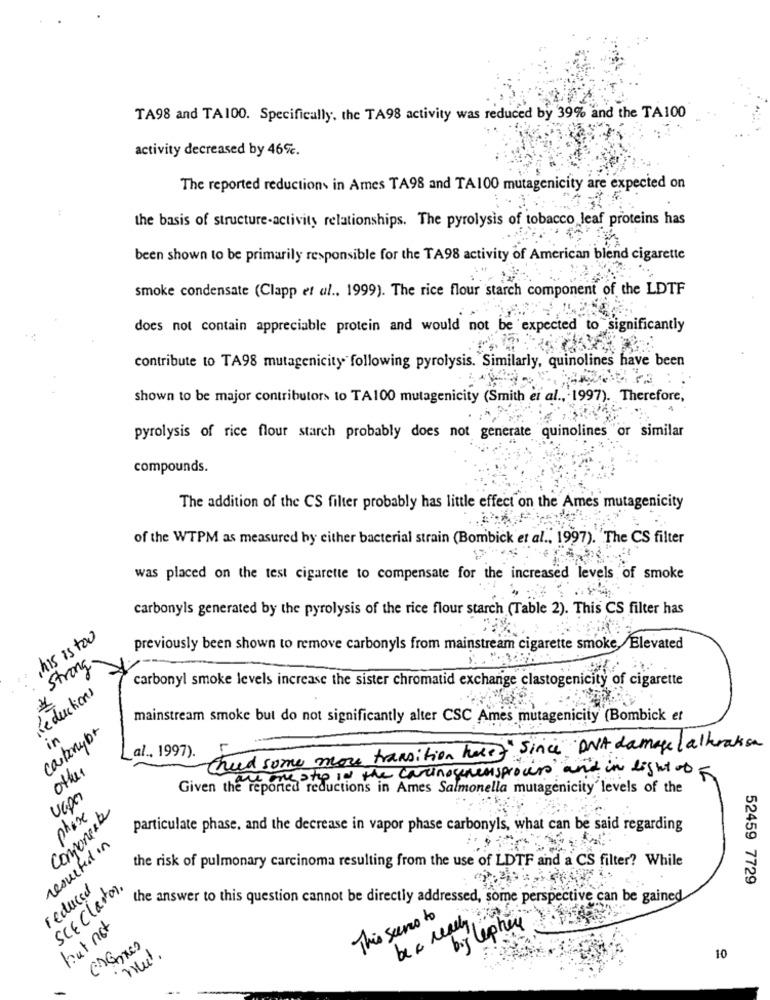
TA98 and TA100. Specifically, the TA98 activity was reduced by 39% and the TA100
activity decreased by 46%.
The reported reductions in Ames TA98 and TA100 mutagenicity are expected on
the basis of structure-activity relationships. The pyrolysis of tobacco leaf proteins has
been shown to be primarily responsible for the TA98 activity of American blend cigarette
smoke condensate (Clapp et al ., 1999). The rice flour starch component of the LDTF
does not contain appreciable protein and would not be expected to significantly
contribute to TA98 mutagenicity following pyrolysis. Similarly, quinolines have been
shown to be major contributors to TA100 mutagenicity (Smith et al ., 1997). Therefore,
pyrolysis of rice flour starch probably does not generate quinolines or similar
compounds.
The addition of the CS filter probably has little effect on the Ames mutagenicity
of the WTPM as measured by either bacterial strain (Bombick et al ., 1997)."The CS filter
was placed on the test cigarette to compensate for the increased levels of smoke
carbonyls generated by the pyrolysis of the rice flour starch (Table 2). This CS filter has
this is too
previously been shown to remove carbonyls from mainstream cigarette smoke,Elevated
Strong
carbonyl smoke levels increase the sister chromatid exchange clastogenicity of cigarette
deductions
mainstream smoke but do not significantly alter CSC Ames mutagenicity (Bombick et
carbonyb+
al ., 1997).
Ched some more transition have " Since"DNA damage lalkraken
one stop in the carinogenensprocess and in light of F
Given the reported reductions in Ames Salmonella mutagenicity levels of the
UGDE
componente
phase
particulate phase, and the decrease in vapor phase carbonyls, what can be said regarding
resulted in
the risk of pulmonary carcinoma resulting from the use of LDTF and a CS filter? While
52459 7729
reduced
SCE Claro).
the answer to this question cannot be directly addressed, some perspective can be gained
be a really
This seems to
but not
big lephere
10